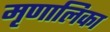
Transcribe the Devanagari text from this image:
मृणालिका